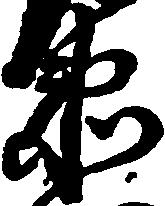
衛